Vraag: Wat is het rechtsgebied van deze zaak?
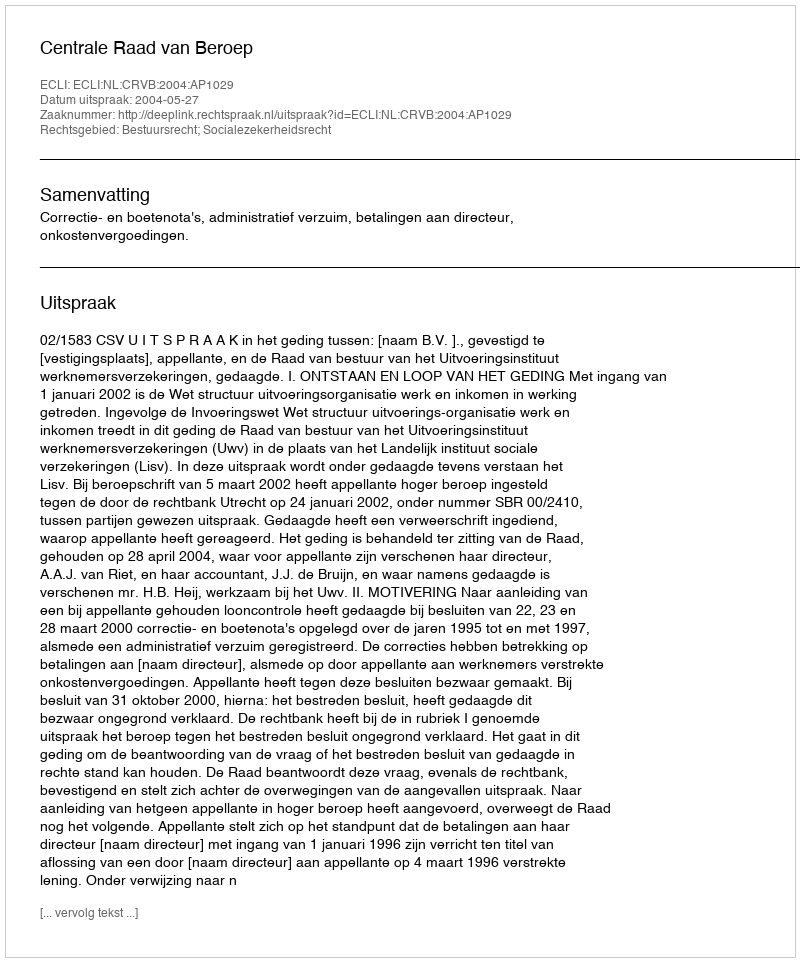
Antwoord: Bestuursrecht; Socialezekerheidsrecht